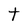
Character: t